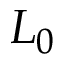
L _ { 0 }